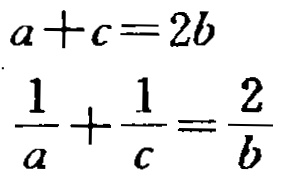
\[
a + c = 2b
\]
\[
\frac{1}{a}+\frac{1}{c}=\frac{2}{b}
\]